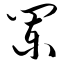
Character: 阑